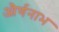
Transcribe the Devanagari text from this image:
और्णनाभ